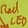
Text: LED